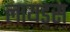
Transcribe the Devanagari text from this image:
लायड्स